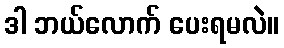
ဒါ ဘယ်လောက် ပေးရမလဲ။